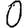
Digit: 0